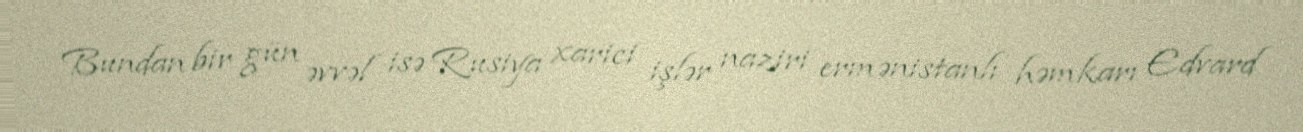
Bundan bir gün əvvəl isə Rusiya xarici işlər naziri ermənistanlı həmkarı Edvard